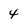
Character: 4